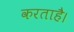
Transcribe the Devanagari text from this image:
करताहै।